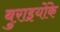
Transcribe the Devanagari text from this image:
बुराइयोंके